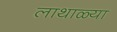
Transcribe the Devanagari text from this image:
लाथाळ्या